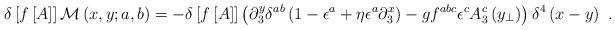
LaTeX: \begin{align*}\delta\left[f\left[A\right]\right] {\cal M} \left(x,y;a,b\right) =-\delta\left[f\left[A\right]\right] \left( \partial _{3}^{y}\delta^{ab}\left(1-\epsilon^{a}+\eta \epsilon^{a}\partial^{x}_{3}\right)-gf^{abc}\epsilon^{c}A_{3}^{c} \left(y_{\perp}\right)\right) \delta^{4}\left(x-y\right) \ .\end{align*}